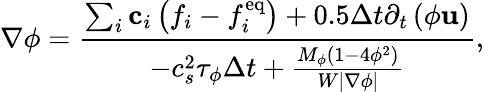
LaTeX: \nabla\phi=\frac{{\sum_{i}{{{\mathbf{c}}_{i}}\left({{f_{i}}-f_{i}^{\mathrm{{eq}}}}\right)}+0.5\Delta t{\partial_{t}}\left({\phi{\mathbf{u}}}\right)}}{{-c_{s}^{2}{\tau_{\phi}}\Delta t+\frac{{{M_{\phi}}\left({1-4{\phi^{2}}}\right)}}{{W\left|{\nabla\phi}\right|}}}},